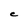
Character: C